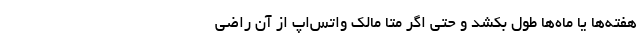
هفته‌ها یا ماه‌ها طول بکشد و حتی اگر متا مالک واتس‌اپ از آن راضی